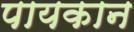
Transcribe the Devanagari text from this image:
पायकान